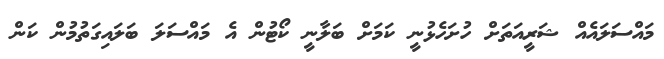
މައްސަލައެއް ޝަރީއަތަށް ހުށަހެޅުނީ ކަމަށް ބަލާނީ ކޯޓުން އެ މައްސަލަ ބަލައިގަތުމުން ކަން